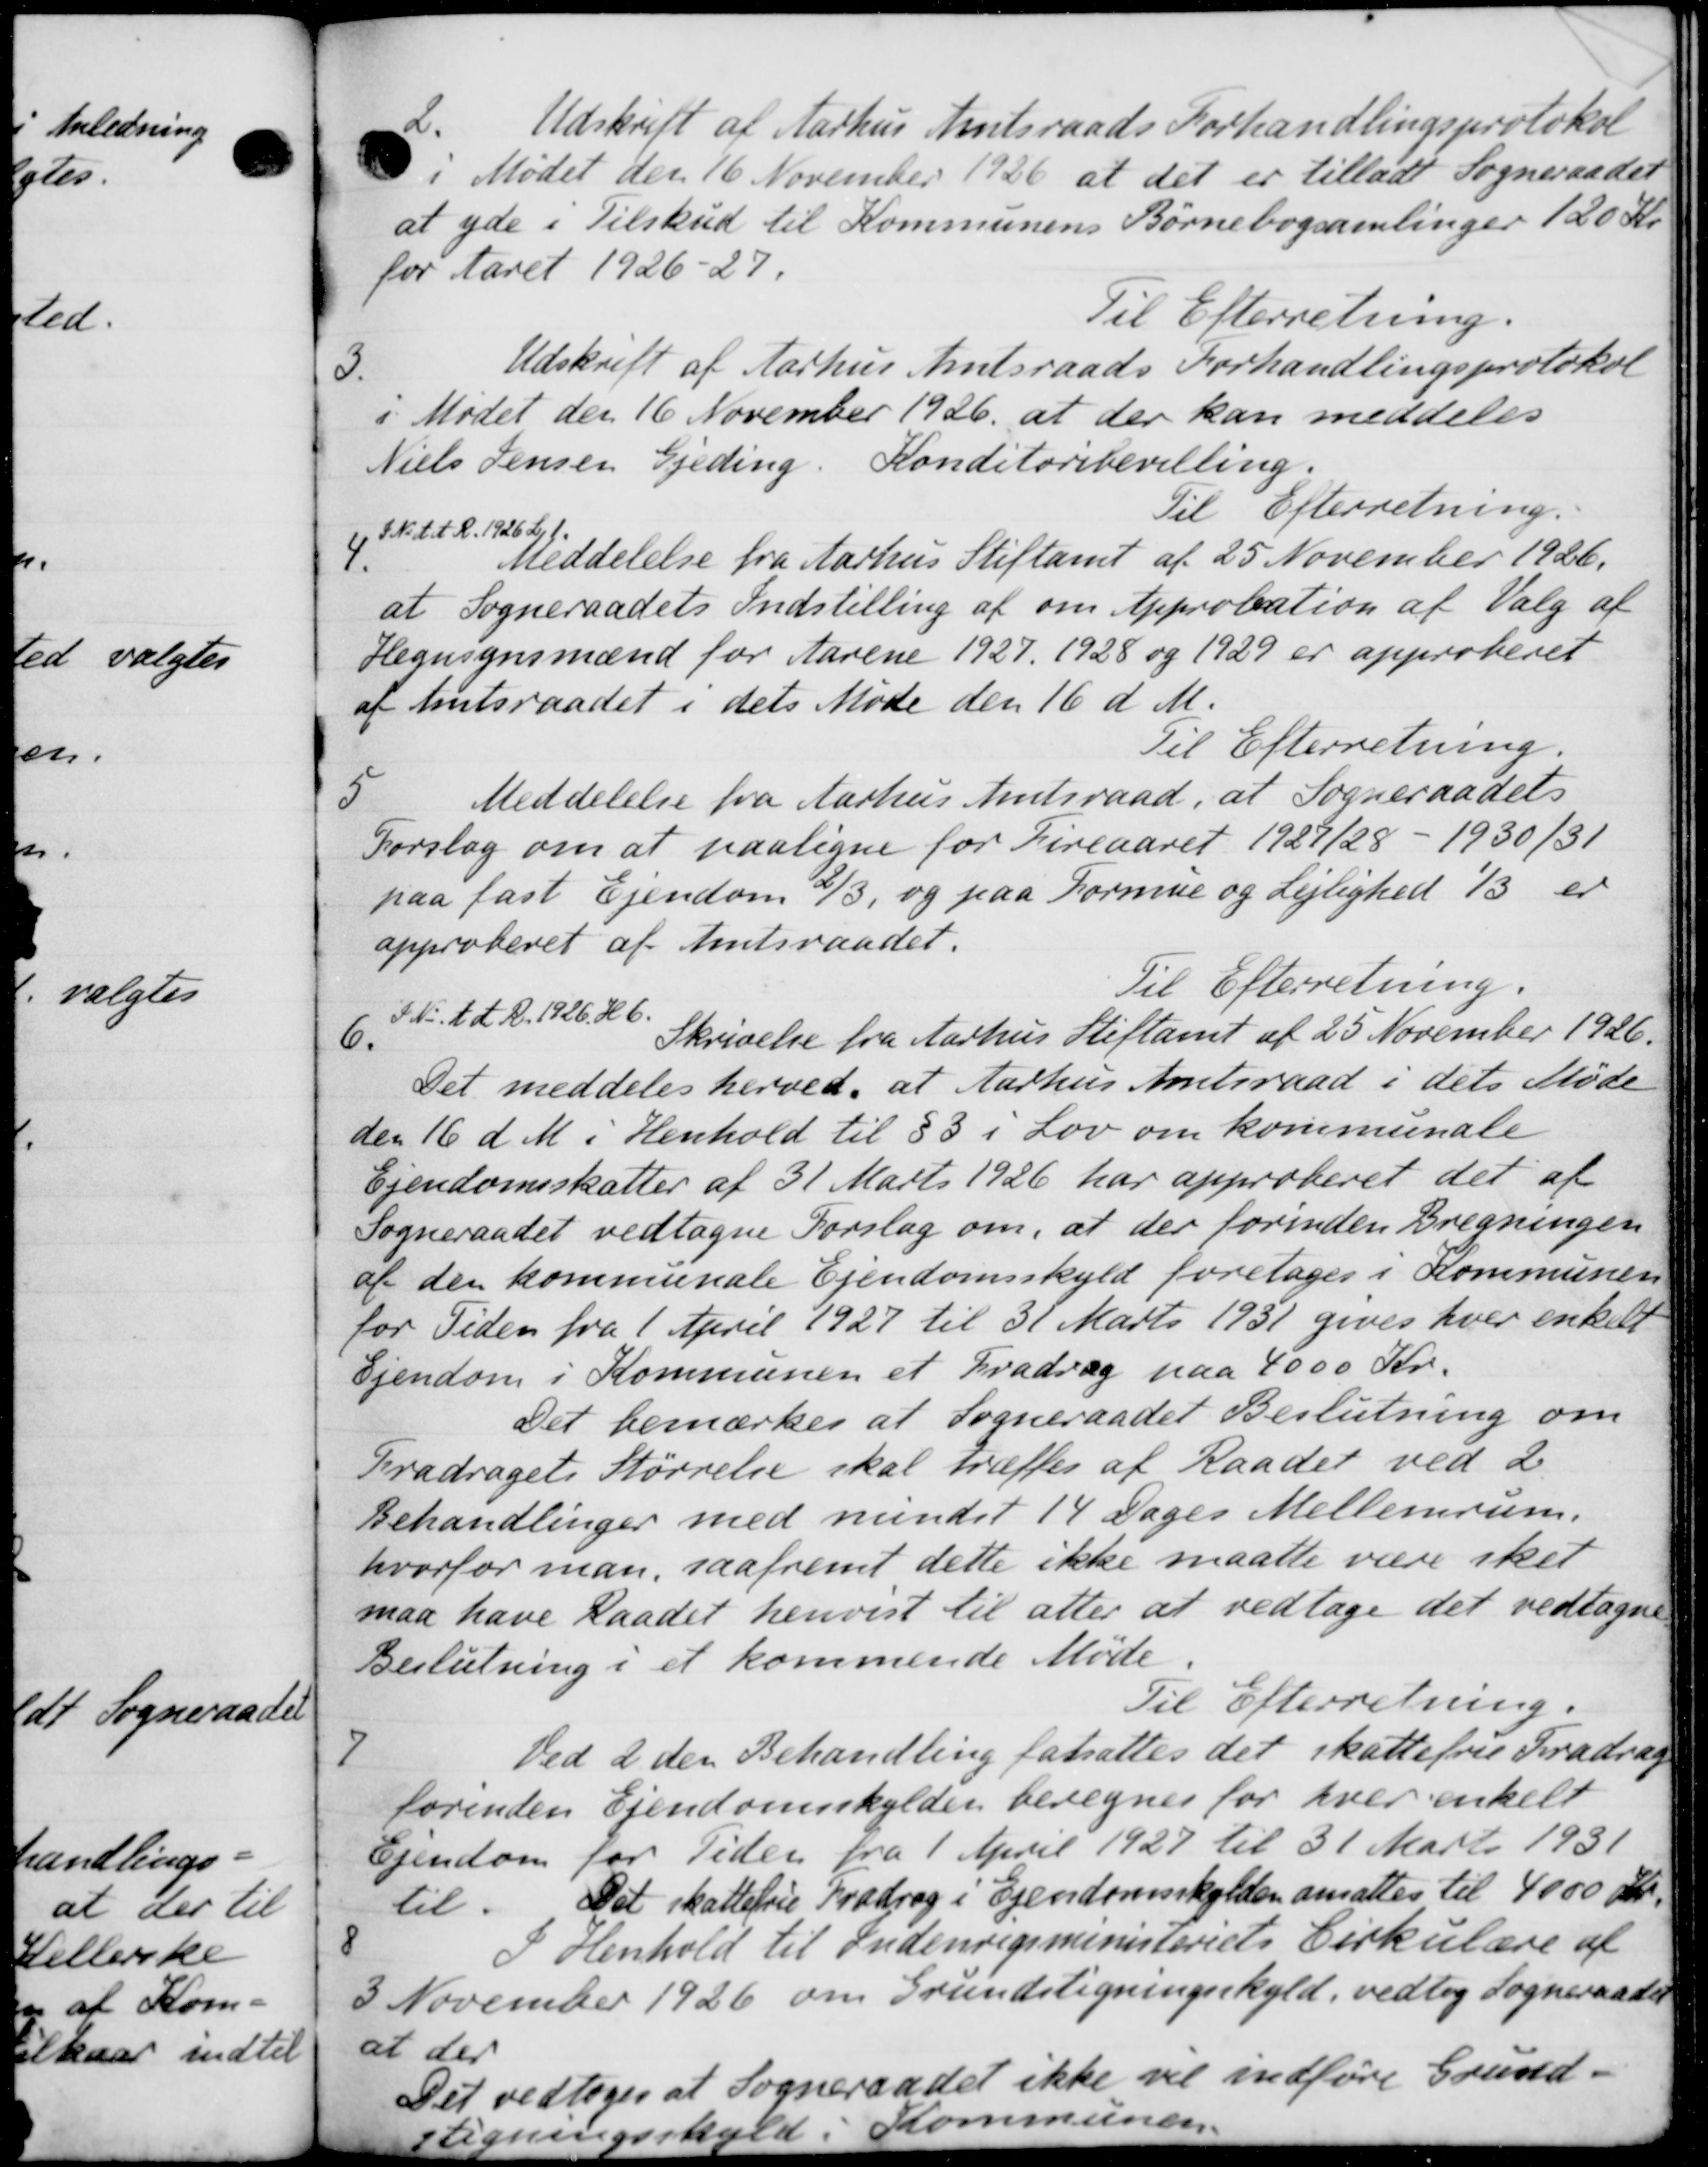
Transskription:
2
Udskrift af Aarhus Amtsraads Forhandlingsprotokol
i Mødet den 16 November 1926 at det er tilladt Sogneraadet
at yde i Tilskud til Kommunens Børnebogsamlinger 120 Kr.
for Aaret 1926-27.
Til Efterretning.
3.
Udskrift af Aarhus Amtsraads Forhandlingsprotokol
i Mødet den 16 November 1926 at der kan meddeles
Niels Jensen Gjeding. Konditoribevilling.
Til Efterretning.
S.N. d. A. R. 1926 2, f.
4.
Meddelelse fra Aarhus Stiftamt af 25 November 1926.
at Sogneraadets Indstilling af om Approbation af Valg af
Hegnsynsmænd for Aarene 1927. 1928 og 1929 er approberet
af Amtsraadet i dets Møde den 16 d. M.
Til Efterretning.
5
Meddelelse fra Aarhus Amtsraad, at Sogneraadets
Forslag om at paaligne for Fireaaret 1927/28 - 1930/31
paa fast Ejendom 2/3 og paa Formue og Lejlighed 1/3 er
approberet af Amtsraadet.
Til Efterretning.
I No. 1 d. A. 1926, H. C.
6.
Skrivelse fra Aarhus Stiftamt af 25 November 1926.
Det meddeles herved, at Aarhus Amtsraad i dets Møde
den 16 d. M. i Henhold til §3 i Lov om kommunale
Ejendomsskatter af 31 Marts 1926 har approberet det af
Sogneraadet vedtagne Forslag om, at der forinden Bregningen
af den kommunale Ejendomsskyld foretoges i Kommunen
for Tiden fra 1 April 1927 til 31 Marts 1931 gives hver enkelt
Ejendom i Kommunen et Fradrag paa 4000 Kr.
Det bemærkes at Sogneraadet Beslutning om
Fradragets Størrelse skal træffes af Raadet ved 2
Behandlinger med mundet 14 Dages Mellemrum.
hvorfor man, saafremt dette ikke maatte være sket
maa have Raadet henvist til atter at vedtage det vedtagne
Beslutning i et kommende Møde.
Til Efterretning.
7
Ved 2 den Behandling fatsattes det skattefrie Fradrag
forinden Ejendomsskylder beregnes for hver enkelt
Ejendom for Tiden fra 1 April 1927 til 31 Marts 1931
til. Det skattefrie Fradrag i Ejendomsskylden ansattes til 4000 Kr.
8
I Henhold til Indenrigsministeriets Cirkulære af
3 November 1926 om Grundsligningsskyld, vedtog Sogneraadet
at der
Det vedtoges at Sogneraadet ikke vil indføre Grund-
Ligningsskold i Kommunen.